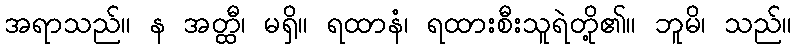
အရာသည်။ န အတ္ထီ၊ မရှိ။ ရထာနံ၊ ရထားစီးသူရဲတို့၏။ ဘူမိ၊ သည်။